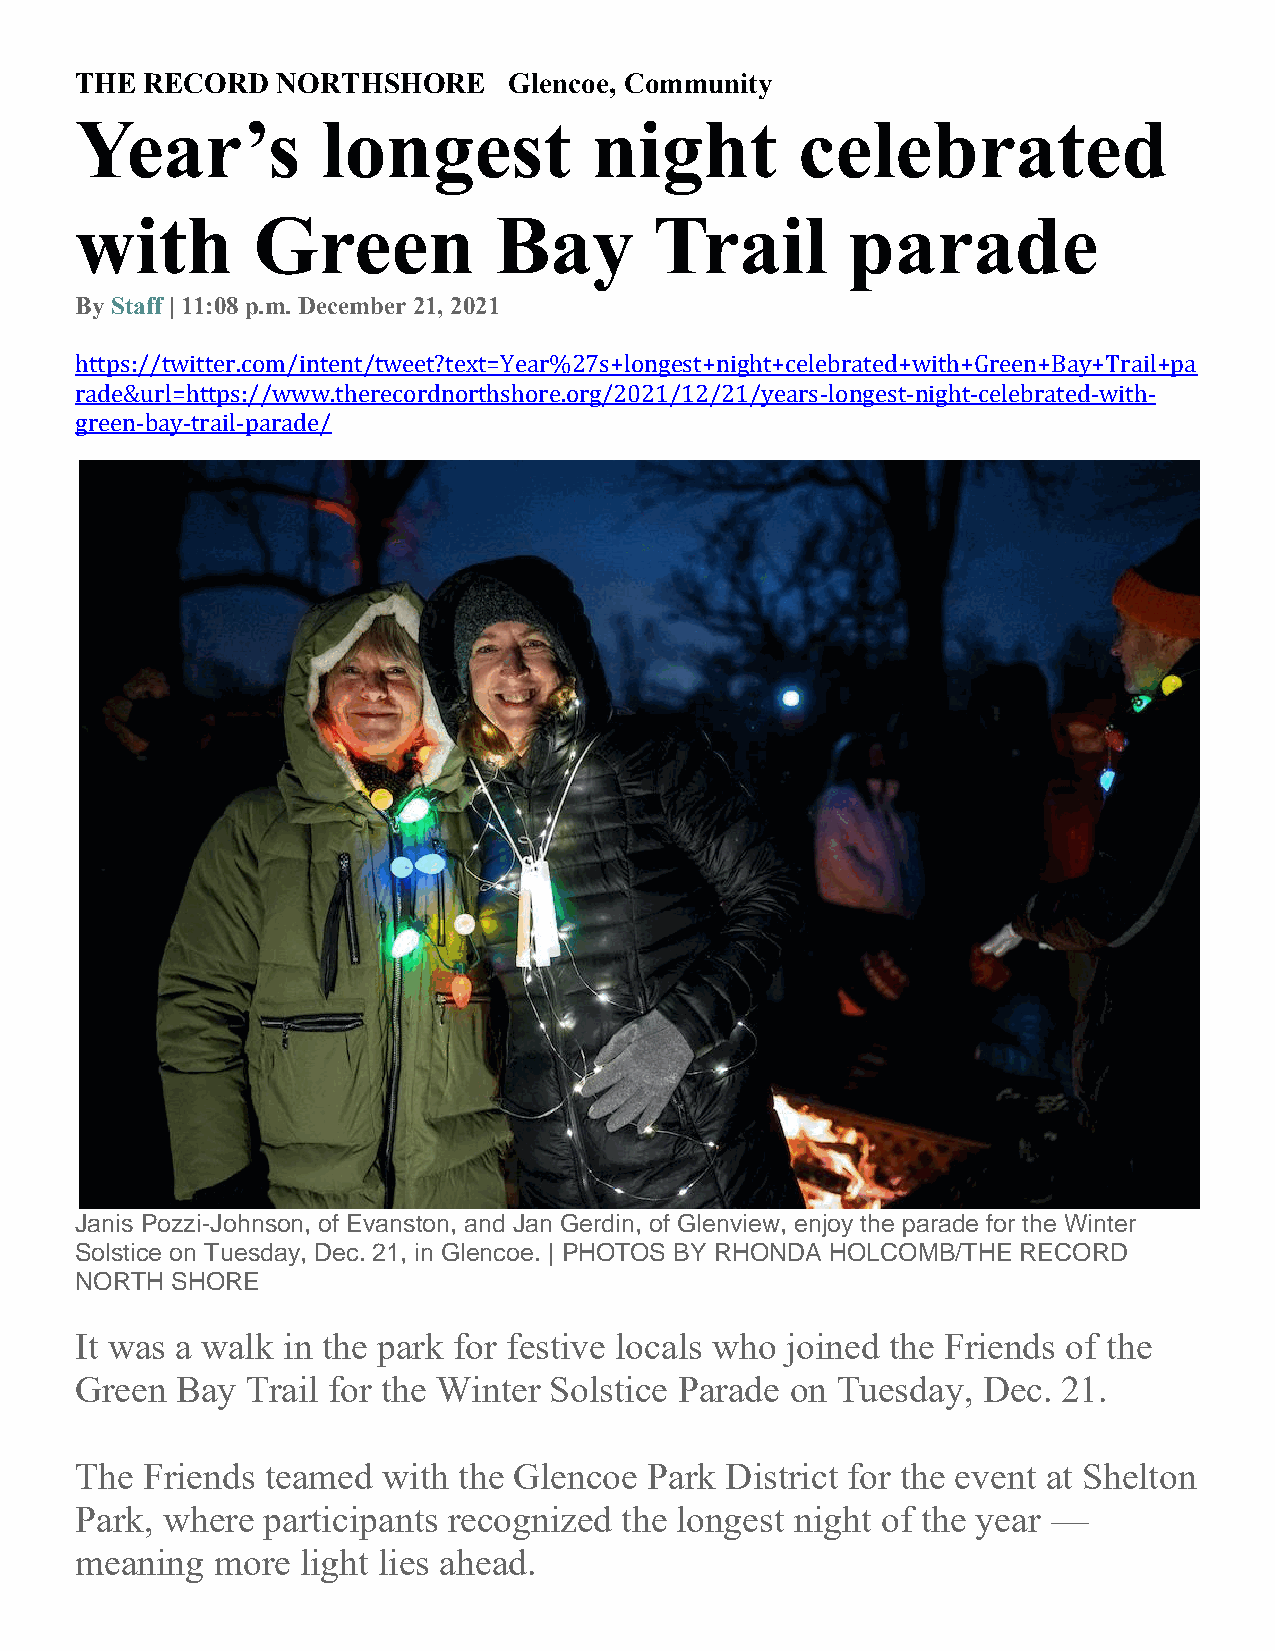
THE  RECORD  NORTHSHORE      Glencoe, Community
 Year’s          longest           night         celebrated
 with        Green           Bay       Trail        parade
 By Staff | 11:08 p.m. December 21, 2021
 https://twitter.com/intent/tweet?text=Year%27s+longest+night+celebrated+with+Green+Bay+Trail+pa
 rade&url=https://www.therecordnorthshore.org/2021/12/21/years-longest-night-celebrated-with-
 green-bay-trail-parade/
 Janis Pozzi-Johnson, of Evanston, and Jan Gerdin, of Glenview, enjoy the parade for the Winter
 Solstice on Tuesday, Dec. 21, in Glencoe. | PHOTOS BY RHONDA HOLCOMB/THE RECORD
 NORTH SHORE
 It was a walk in the park for festive locals who joined the Friends of the
 Green  Bay Trail for the Winter Solstice Parade on Tuesday, Dec. 21.
 The Friends  teamed with the Glencoe  Park District for the event at Shelton
 Park, where participants recognized the longest night of the year —
 meaning  more  light lies ahead.